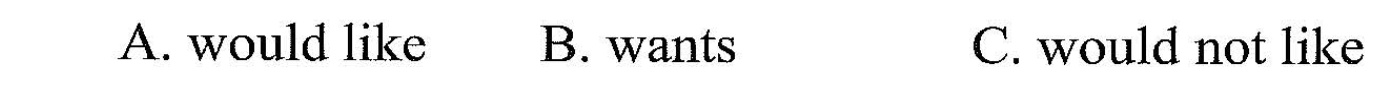
A.would like B. Wank. c. would not ike